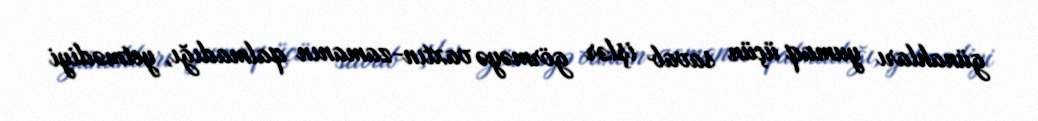
günahları yumaq üçün savab işlər görməyə vaxtın-zamanın qalmadığı, yetmədiyi